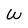
Character: W